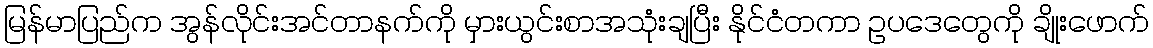
မြန်မာပြည်က အွန်လိုင်းအင်တာနက်ကို မှားယွင်းစာအသုံးချပြီး နိုင်ငံတကာ ဥပဒေတွေကို ချိုးဖောက်